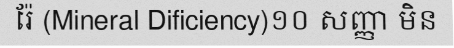
រ៉ែ (Mineral Dificiency)១០ សញ្ញា មិន